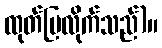
ထုတ်ပြလိုက်သည်)။